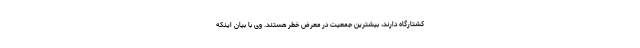
کشتارگاه دارند، بیشترین جمعیت در معرض خطر هستند. وی با بیان اینکه